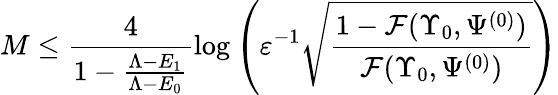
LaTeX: M\leq\frac{4}{1-\frac{\Lambda-E_{1}}{\Lambda-E_{0}}}\log\left(\varepsilon^{-1}\sqrt{\frac{1-\mathcal{F}(\Upsilon_{0},\Psi^{(0)})}{\mathcal{F}(\Upsilon_{0},\Psi^{(0)})}}\right)